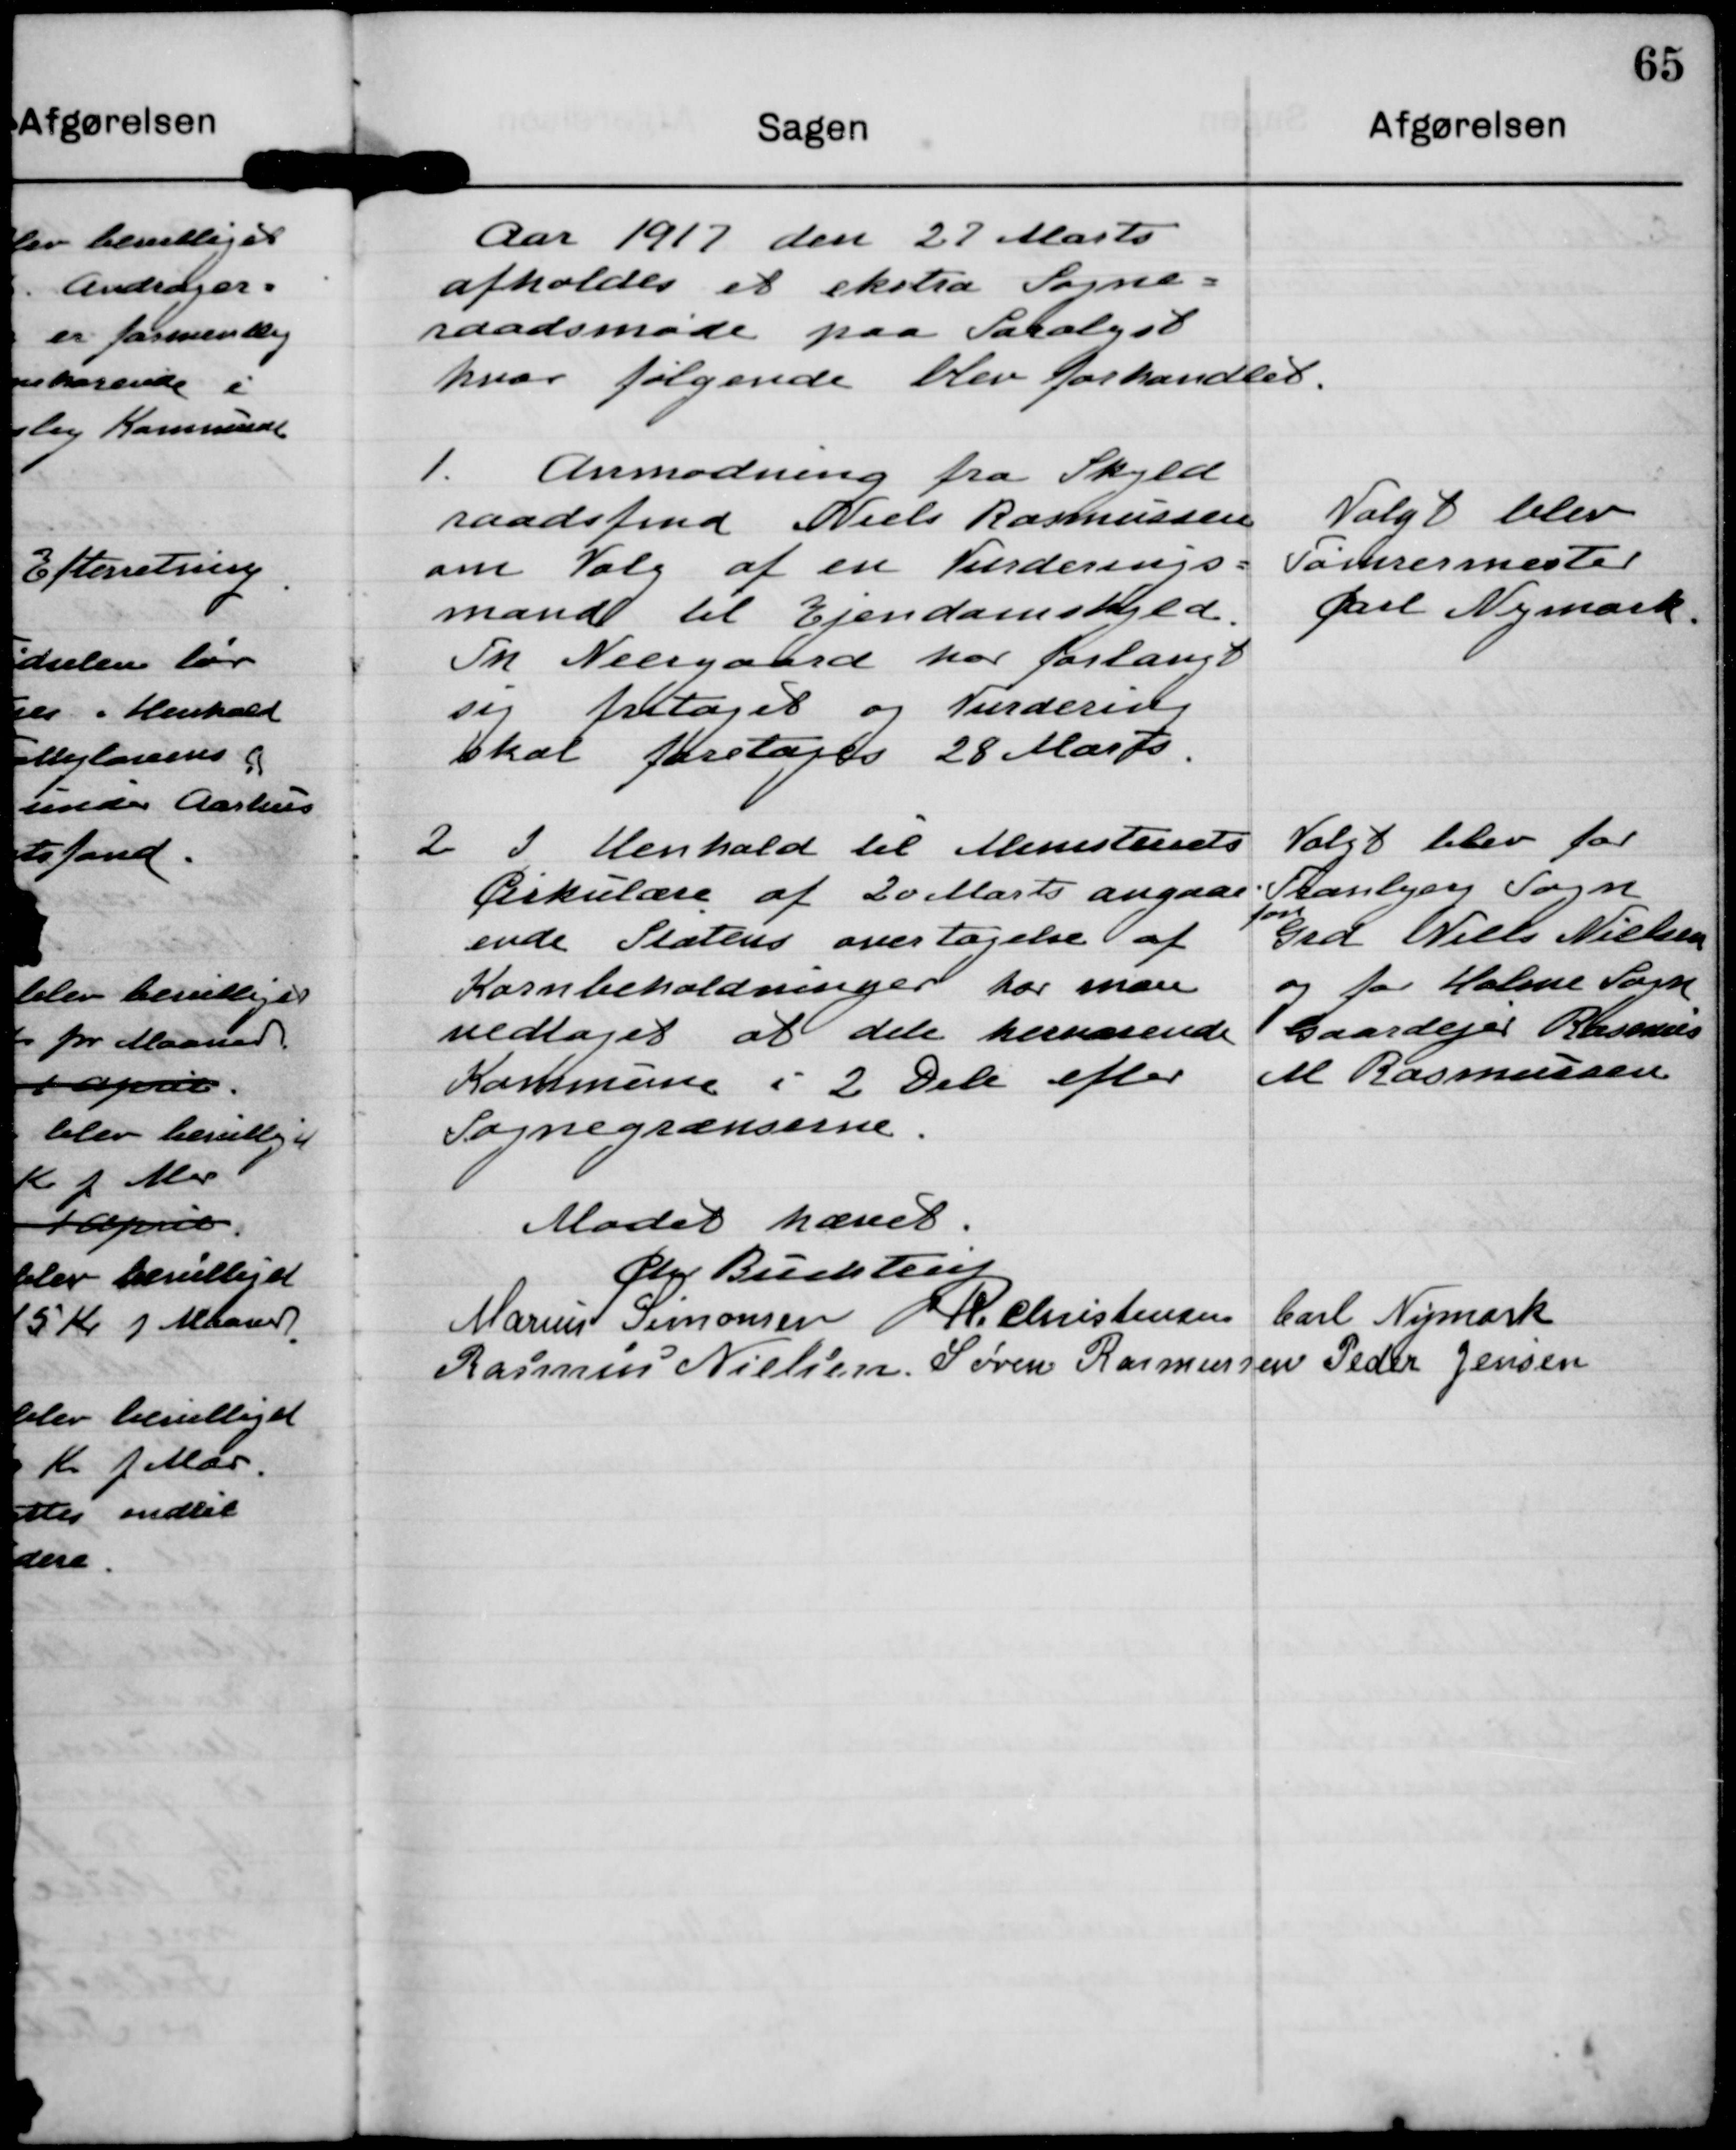
Transskription:
Aar 1917 den 27 Marts
afholdes et ekstra Sogne-
raadsmøde paa Saralyst
hvor følgende blev forhandlet.

1. Anmodning fra Skyld
raadsfmd Niels Rasmussen
om Valg af en Vurderings-
mand til Ejendomsskyld.
Fm Neegaard har forlangt
sig fritaget og Vurdering
skal foretages 28 Marts

Valgt blev
Tømrermester
Carl Nymark

2 I Henhold til Ministeriets
Cirkulære af 20 Marts angaa-
ende Statens overtagelse af
Kornbeholdninger har man
vedtaget at dele herværende
Kommune i 2 Dele efter
Sognegrænserne.

Valgt blev for
Tranbjerg Sogn
Grd Niels Nielsen
og for Holme Sogn
Gaardejer Rasmus
M Rasmussen

Mødet hævet.

Chr Buchtrup

Carl Nymark

R. Christensen

Marius Simonsen

Søren Rasmussen

Rasmus Nielsen

Peder Jensen